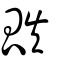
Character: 瓞